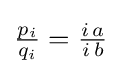
{\textstyle {\frac {p_{i}}{q_{i}}}={\frac {i\,a}{i\,b}}}